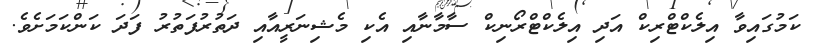
ކަމުގައިވާ އިލެކްޓްރިކް އަދި އިލެކްޓްރޯނިކް ސާމާނާއި އެކި މެޝިނަރީއާއި ދަތުރުފަތުރު ފަދަ ކަންކަމަށެވެ.